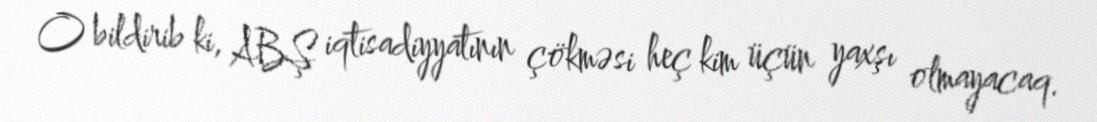
O bildirib ki, ABŞ iqtisadiyyatının çökməsi heç kim üçün yaxşı olmayacaq.